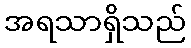
အရသာရှိသည်